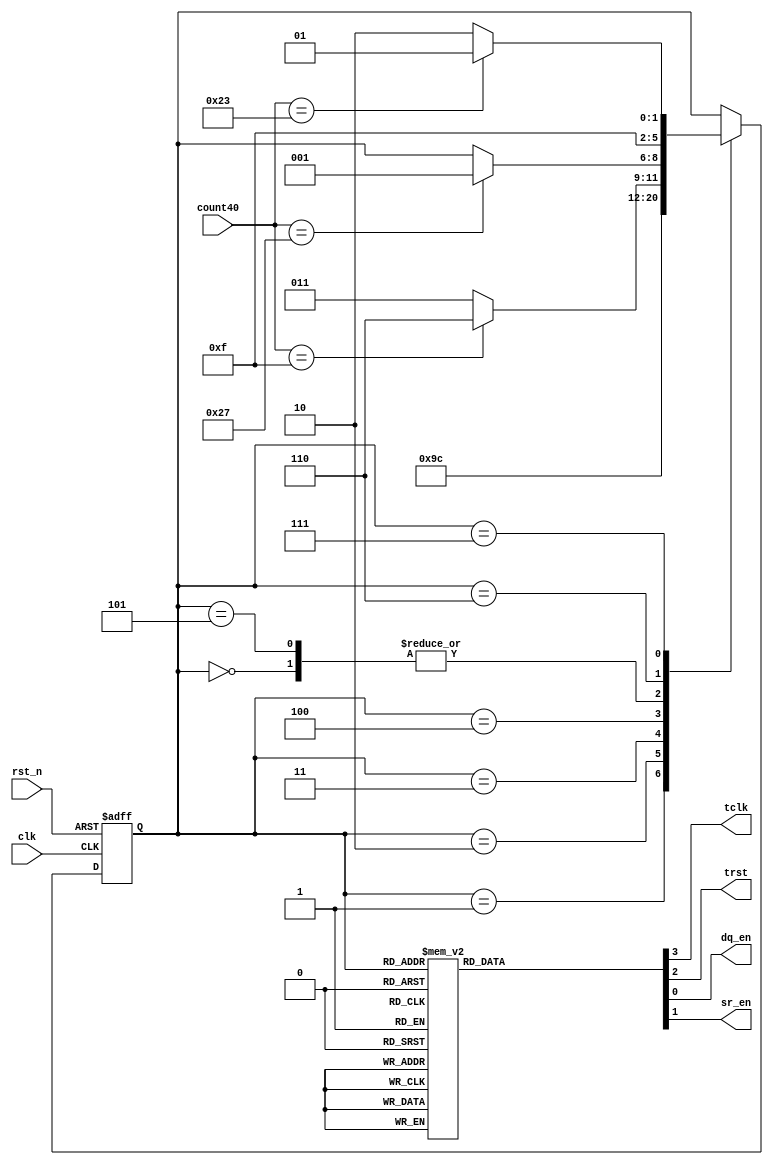

module FSM_IF   (input wire clk,
                 input wire rst_n,           // interface control
                 input wire [5:0] count40,   // cycle counter
                 output reg tclk, 
                 output reg trst,           // serial data control
                 output reg dq_en,         // tristate enable for serial data
                 output reg sr_en);        // serial to parallel shift enable

  // interface state machine states
  localparam init = 0, load_command = 1, start_frame = 2, wrc_low = 3, wrc_high = 4,
             end_frame = 5, rdc_low = 6, rdc_high = 7;
  reg [2:0] state;

  wire [3:0] ops;

 //
 // state machine for interface control 
 //

 assign ops = {tclk, trst, dq_en, sr_en};

  always@(posedge clk or negedge rst_n)
    if (~rst_n)
      state <= init;
    else
      case (state)
      
         init: 
           if (count40 == 39)
             state <= load_command;

         load_command:
           state <= start_frame;

         start_frame:
           state <= wrc_low;
 
         wrc_low:
           state <= wrc_high;

         wrc_high:
           if (count40 == 15) 
             state <= rdc_low;
           else
             state <= wrc_low;

         end_frame:
           if (count40 == 39) 
             state <= load_command;

         rdc_low:
           state <= rdc_high;

         rdc_high:
           if (count40 == 35)
             state <= end_frame;
           else
             state <= rdc_low;

         default: $display("Unexpected State %b", state);
      endcase

always@(state)
  begin
  // defaults
  dq_en = 1'b0;
  trst =  1'b1;
  sr_en = 1'b0;

  case (state)
    init, load_command: 
      begin
      trst = 1'b0;
      tclk = 1'b1;  // reset tclk high
      end

    start_frame:
      tclk = 1'b1;

    wrc_low:
      begin
      dq_en = 1'b1;
      tclk = 1'b0;
      sr_en = 1'b1;
      end
 
    wrc_high:
      begin
      dq_en = 1'b1;    
      tclk = 1'b1;
      end

    end_frame:
      begin
      trst = 1'b1;
      tclk = 1'b1;
      end

    rdc_low:
      begin
      tclk = 1'b0;
      sr_en = 1'b1;
      end

    rdc_high:
      tclk = 1'b1;

  endcase
  end

 // add assertions here
//#### EDIT ###











//#### END OF EDIT ###

endmodule